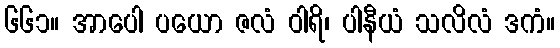
၆၆၁။ အာပေါ ပယော ဇလံ ဝါရိ၊ ပါနီယံ သလိလံ ဒကံ။